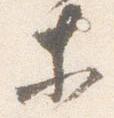
等